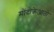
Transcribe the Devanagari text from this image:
मोंदोक्रेआतो